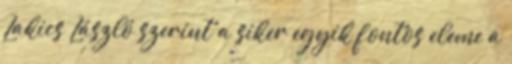
Lakics László szerint a siker egyik fontos eleme a